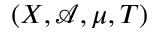
( X , { \mathcal { A } } , \mu , T )